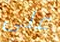
على